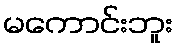
မကောင်းဘူး